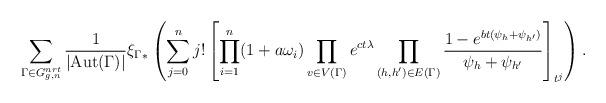
LaTeX: \begin{align*}\sum_{\Gamma \in G^{nrt}_{g,n}} \frac{1}{|{\rm Aut}(\Gamma)|}{\xi_{\Gamma}}_* \left( \sum_{j=0}^n j! \left[\prod_{i=1}^n (1+a \omega_i) \prod_{v\in V(\Gamma)} e^{ct\lambda}\prod_{(h,h')\in E(\Gamma)} \frac{1-e^{b t(\psi_h + \psi_{h'})}}{\psi_h + \psi_{h'}} \right]_{t^j}\right).\end{align*}